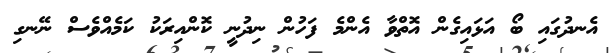
އެނދުގައި ބޯ އަޅައިގެން އޮތްވާ އެންމެ ފަހުން ނިދުނީ ކޮންއިރަކު ކަމެއްވެސް ނޭނގި